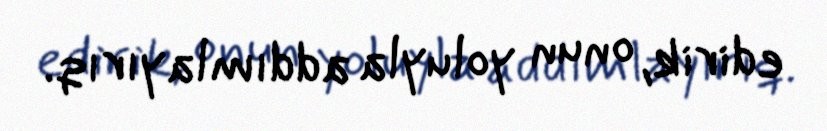
edirik, onun yoluyla addımlayırıq.